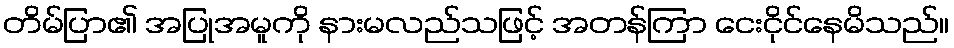
တိမ်ပြာ၏ အပြုအမူကို နားမလည်သဖြင့် အတန်ကြာ ငေးငိုင်နေမိသည်။